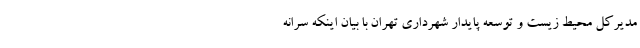
مدیرکل محیط زیست و توسعه پایدار شهرداری تهران با بیان اینکه سرانه